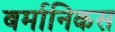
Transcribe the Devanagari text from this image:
बर्मानिकस